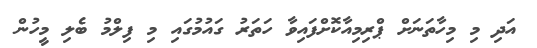
އަދި މި މިހާތަނަށް ޕްރިމިއާކޮށްފައިވާ ހަތަރު ގައުމުގައި މި ފިލްމު ބެލި މީހުން